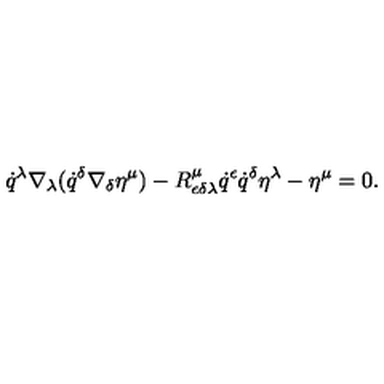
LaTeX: \dot { q } ^ { \lambda } \nabla _ { \lambda } ( \dot { q } ^ { \delta } \nabla _ { \delta } \eta ^ { \mu } ) - R _ { \epsilon \delta \lambda } ^ { \mu } \dot { q } ^ { \epsilon } \dot { q } ^ { \delta } \eta ^ { \lambda } - \eta ^ { \mu } = 0 .